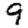
Digit: 9